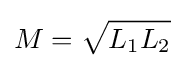
M={\sqrt {L_{1}L_{2}}}